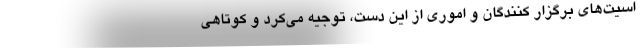
اسیت‌های برگزار کنندگان و اموری از این دست، توجیه می‌کرد و کوتاهی